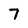
Character: 7